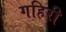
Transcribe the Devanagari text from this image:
गहिरी